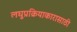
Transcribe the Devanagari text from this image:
लघुप्रक्रियाकारासाठी